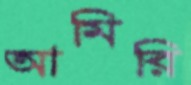
আমিরি